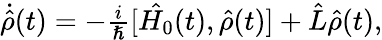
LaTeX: \begin{array}{r}{\dot{\hat{\rho}}(t)=-\frac{i}{\hslash}[\hat{H_{0}}(t),\hat{\rho}(t)]+\hat{L}\hat{\rho}(t),}\end{array}